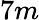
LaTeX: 7m